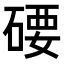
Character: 𥔖